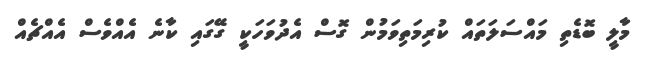
މާލީ ބޮޑެތި މައްސަލަތައް ކުރިމަތިވަމުން ގޮސް އެދުވަހަކީ ގޭގައި ކާނެ އެއްވެސް އެއްޗެއް